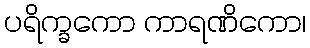
ပရိက္ခကော ကာရဏိကော၊